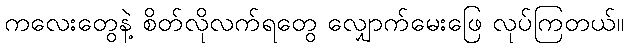
ကလေးတွေနဲ့ စိတ်လိုလက်ရတွေ လျှောက်မေးဖြေ လုပ်ကြတယ်။